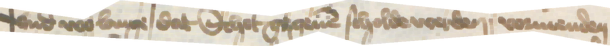
vnd wo lange dat Schot gegeuen scholde werden vormenden